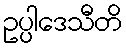
ဥပ္ပါဒေသီတိ